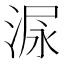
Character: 𰜋